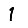
Digit: 1